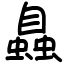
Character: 𧑉